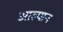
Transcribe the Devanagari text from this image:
आल्यान